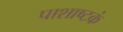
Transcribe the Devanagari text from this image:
पाशाष्टकं